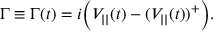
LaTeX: \Gamma \equiv \Gamma ( t ) = i \Big ( V _ { | | } ( t ) - ( V _ { | | } ( t ) ) ^ { + } \Big ) .